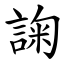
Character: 諊